Annual report of the Punjab Veterinary College and of the Civil Veterinary Department, Punjab - 1909-1919
Year: 1909
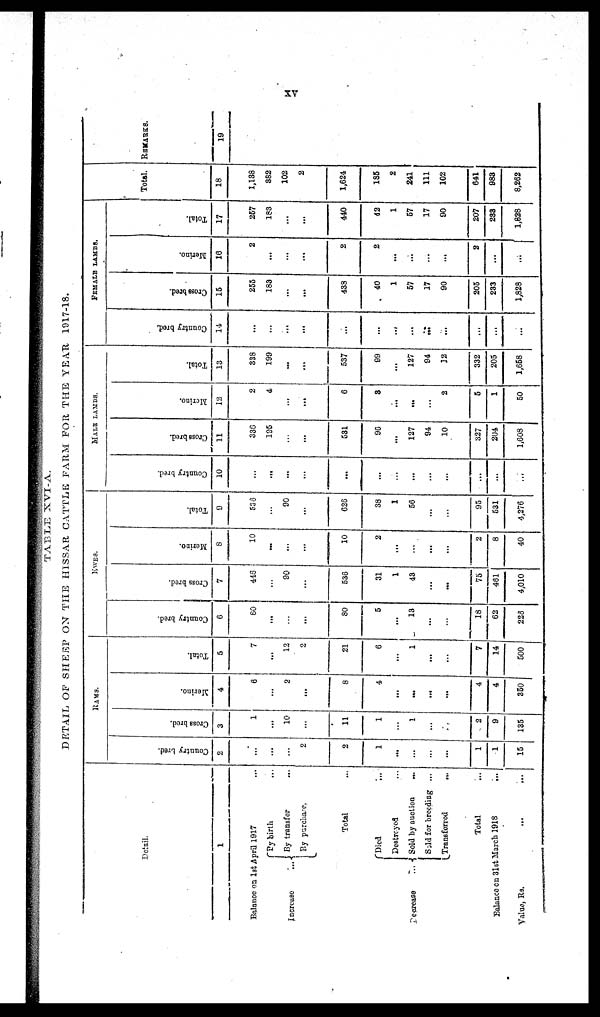
xv
TABLE XVI-A.
DETAIL OF SHEEP ON THE HISSAR CATTLE FARM FOR THE YEAR 1917-18.
Detail.
1
Balance on 1st April 1917 ...
Increase ...
By birth ...
By transfer ...
By purchase,
Total ...
Decrease
...
Died ...
Destroyed ...
Sold by auction ...
Sold for breeding ...
Transferred
...
Total
Balance on 31st March 1918
Value, Rs. ... ...
HAMS.
Country bred.
2
...
...
...
2
2
1
...
...
...
...
1
1
15
Cross bred.
3
1
...
10
...
11
1
...
1
...
.
2
9
135
Merino.
4
6
...
2
...
8
4
...
...
...
...
4
4
350
Total.
5
7
...
12
2
21
6
...
1
...
...
7
14
500
EWES.
Country bred.
6
80
...
...
...
80
5
...
13
...
...
18
62
223
Cross bred.
7
446
...
90
...
536
31
1
43
...
...
75
461
4,010
Merino.
8
10
...
...
...
10
2
...
...
...
...
2
8
40
Total.
9
538
...
90
...
626
38
1
56
...
...
95
531
4,276
MALE LAMBS.
Country bred.
10
...
...
...
...
...
...
...
...
...
...
...
...
...
Crossbred.
11
336
195
...
...
531
96
...
127
94
10
327
204
1,608
Merino.
12
2
4
...
...
6
8
...
...
...
2
5
1
50
Total.
13
338
199
...
...
537
99
...
127
94
32
332
205
1,658
FEMALE LAMBS.
Country bred.
14
...
...
...
...
...
...
...
...
...
...
...
...
...
Cross bred.
15
255
183
...
...
433
40
1
57
17
90
205
233
1,828
Merino.
16
2
...
...
...
2
2
...
...
...
...
2
...
...
Total.
17
257
183
...
...
440
42
1
57
17
90
207
233
1,828
Total.
18
1,138
382
102
2
1,624
185
2
241
111
102
641
983
8,262
REMARKS.
19